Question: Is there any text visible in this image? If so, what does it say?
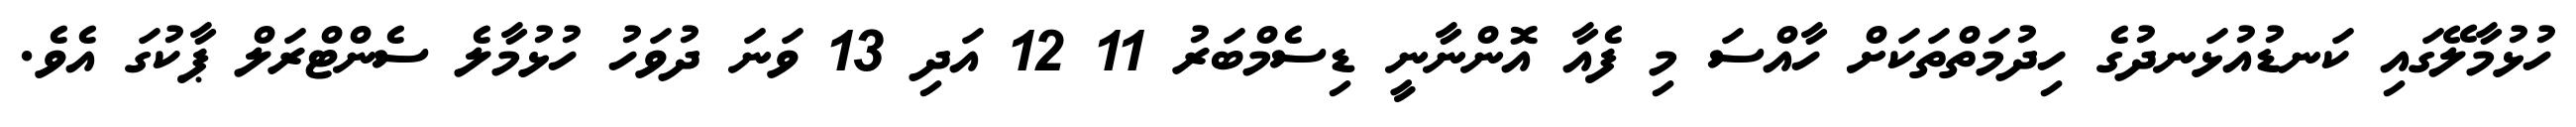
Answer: ހުޅުމާލޭގައި ކަނޑުއުޅަނދުގެ ހިދުމަތްތަކަށް ހާއްސަ މި ފެއާ އޮންނާނީ ޑިސެމްބަރު 11 12 އަދި 13 ވަނަ ދުވަހު ހުޅުމާލެ ސެންޓްރަލް ޕާކުގަ އެވެ.